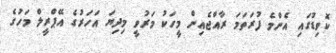
ކޮވިޑުގައި އެންމެ ފުރަތަމަ ރާއްޖެއިން މީހަކު މަރުވީ މިދިޔަ އަހަރުގެ އޭޕްރީލް މަހުގެ